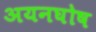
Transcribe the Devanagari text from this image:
अयनघोष